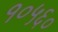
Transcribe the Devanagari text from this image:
१०५६०